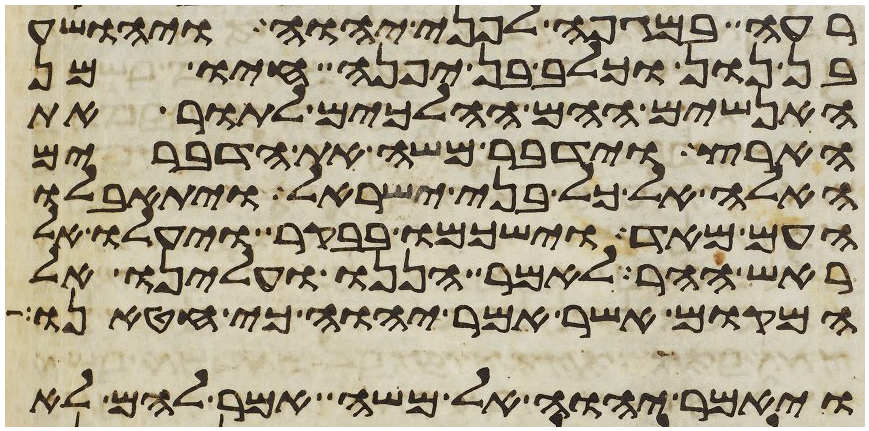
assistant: רעה במגפה לפני יהוה ויהושע
בן נון וכלב בן יפנה חיו מן
האנשים ההם ההלכים לתור את
הארץ וידבר משה את הדברים
האלה אל כל בני ישראל ויתאבלו
העם מאד וישכמו בבקר ויעלו אל
ראש ההר לאמר הננו ועלינו אל
המקום אשר אמר יהוה כי חטאנו
ויאמר יהוה אל משה אמר להם לא